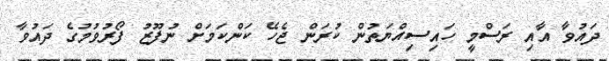
ދައުވާ އާއި ރަސްމީ ހައިސިއްޔަތުން ކުރަން ޖެހޭ ކަންކަމަށް ނުފޫޒު ފޯރުވުމުގެ ދައުވާ